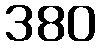
380